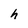
Character: h